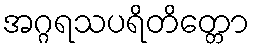
အဂ္ဂရသပရိတိတ္တော